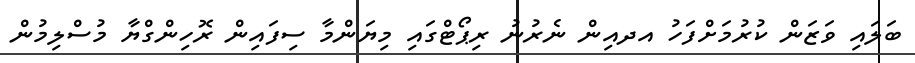
ބަލައި ވަޒަން ކުރުމަށްފަހު އދއިން ނެރުނު ރިޕޯޓްގައި މިޔަންމާ ސިފައިން ރޮހިންގްޔާ މުސްލިމުން